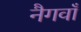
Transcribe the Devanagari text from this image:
नैगवाँ